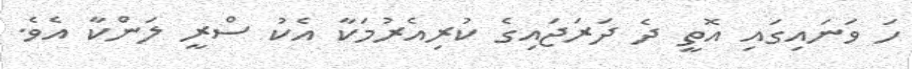
ހަ ވަނައިގައި އޮތީ ދެ ދަރަޖައިގެ ކުރިއެރުމަކާ އެކު ސްރީ ލަންކާ އެވެ.